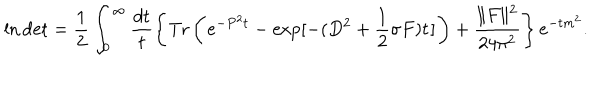
LaTeX: \ln \mathrm { d e t } = \frac { 1 } { 2 } \int _ { 0 } ^ { \infty } \frac { d t } { t } \left\{ \mathrm { T r } \left( \! \ e ^ { - P ^ { 2 } t } - \exp [ - ( D ^ { 2 } + \frac { 1 } { 2 } \sigma F ) t \! \ ] \! \ \right) + \frac { \| F \| ^ { 2 } } { 2 4 \pi ^ { 2 } } \right\} e ^ { - t m ^ { 2 } } .